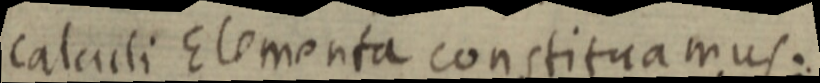
calculi Elementa constituamus.